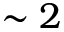
\sim 2